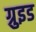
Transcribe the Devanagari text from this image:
ग्रुइड